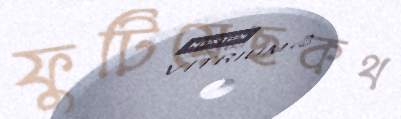
ফুটিয়েছকথ